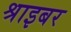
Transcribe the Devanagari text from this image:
श्राइबर